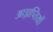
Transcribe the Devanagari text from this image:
आज्ञप्तियों